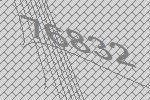
76832